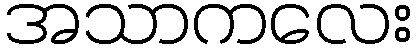
အသာကလေး